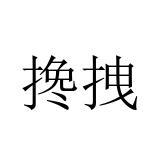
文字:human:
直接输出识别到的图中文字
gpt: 搀拽